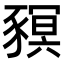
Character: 𧱴